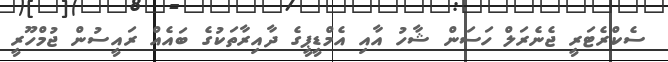
ސެކްރެޓަރީ ޖެނެރަލް ހަސަން ޝާހު އާއި އެމްޑީޕީގެ ދާއިރާތަކުގެ ބައެއް ރައީސުން ޖުމްހޫރީ